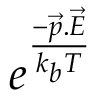
e ^ { \frac { - \vec { p } . \vec { E } } { k _ { b } T } }